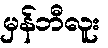
မှန်ဘီလူး